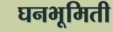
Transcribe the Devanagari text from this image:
घनभूमिती